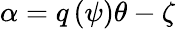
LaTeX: \alpha=q\left(\psi\right)\theta-\zeta